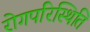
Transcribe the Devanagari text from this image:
रोगपरिस्थिति